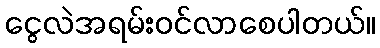
ငွေလဲအရမ်းဝင်လာစေပါတယ်။